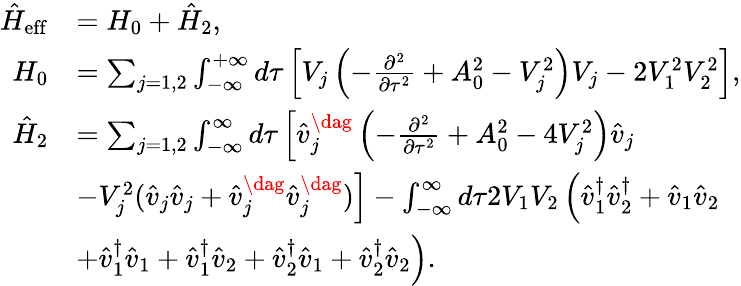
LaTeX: \begin{array}{rl}{\hat{H}_{\mathrm{eff}}}&{=H_{0}+\hat{H}_{2},}\\ {H_{0}}&{=\sum_{j=1,2}\int_{-\infty}^{+\infty}d\tau\left[V_{j}\left(-\frac{\partial^{2}}{\partial\tau^{2}}+A_{0}^{2}-V_{j}^{2}\right)V_{j}-2V_{1}^{2}V_{2}^{2}\right],}\\ {{\hat{H}}_{2}}&{=\sum_{j=1,2}\int_{-\infty}^{\infty}d\tau\left[\hat{v}_{j}^{\dag}\left(-\frac{\partial^{2}}{\partial\tau^{2}}+A_{0}^{2}-4V_{j}^{2}\right)\hat{v}_{j}\right.}\\ &{\left.-V_{j}^{2}(\hat{v}_{j}\hat{v}_{j}+\hat{v}_{j}^{\dag}\hat{v}_{j}^{\dag})\right]-\int_{-\infty}^{\infty}d\tau 2V_{1}V_{2}\left(\hat{v}_{1}^{\dagger}\hat{v}_{2}^{\dagger}+\hat{v}_{1}\hat{v}_{2}\right.}\\ &{\left.+\hat{v}_{1}^{\dagger}\hat{v}_{1}+\hat{v}_{1}^{\dagger}\hat{v}_{2}+\hat{v}_{2}^{\dagger}\hat{v}_{1}+\hat{v}_{2}^{\dagger}\hat{v}_{2}\right).}\end{array}